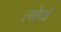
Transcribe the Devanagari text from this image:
लोयो